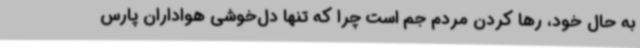
به حال خود، رها کردن مردم جم است چرا که تنها دل‌خوشی هواداران پارس